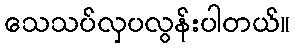
သေသပ်လှပလွန်းပါတယ်။